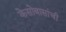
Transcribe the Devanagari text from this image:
केसोबासांची